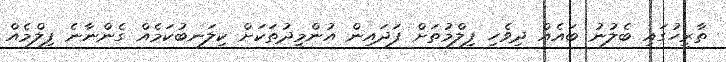
ތާރީހުގައި ބެލުނު ބައެއް ދިވެހި ފިލްމުތަށް ފަދައިން އުންމީދުތަކަށް ކިލަނބުކަމެއް ގެންނާނެ ފިލްމެއް